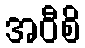
အဝီစိ